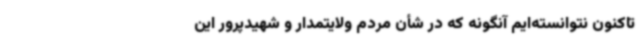
تاکنون نتوانسته‌ایم آنگونه که در شأن مردم ولایتمدار و شهیدپرور این